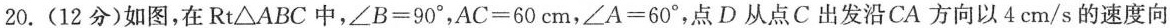
20.(12分)如图，在Rt△ABC中， $$∠ B = 9 0 °$$， $$A C = 6 0 c m$$ ， $$∠ A = 6 0 °$$ ，点D从点C出发沿CA方向以4 cm/s的速度向